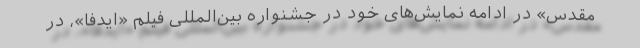
مقدس» در ادامه نمایش‌های خود در جشنواره بین‌المللی فیلم «ایدفا»، در